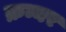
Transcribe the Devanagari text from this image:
क्रम्नर